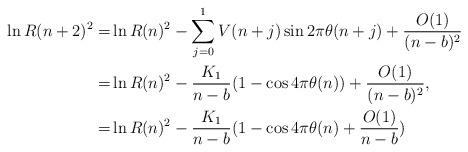
LaTeX: \begin{align*}\ln R(n+2)^2=&\ln R(n)^2-\sum_{j=0}^1V(n+j)\sin2\pi\theta(n+j)+\frac{O(1)}{(n-b)^2}\\=&\ln R(n)^2-\frac{K_1}{n-b}(1-\cos4\pi\theta(n))+\frac{O(1)}{(n-b)^2},\\=&\ln R(n)^2-\frac{K_1}{n-b}(1-\cos4\pi\theta(n)+\frac{O(1)}{n-b})\end{align*}